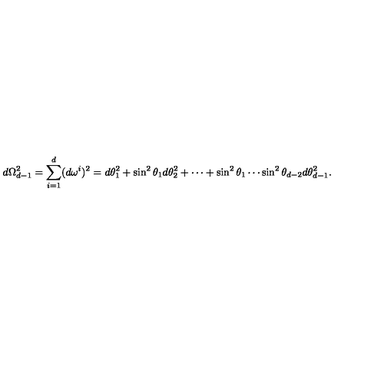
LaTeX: d \Omega _ { d - 1 } ^ { 2 } = \sum _ { i = 1 } ^ { d } ( d \omega ^ { i } ) ^ { 2 } = d \theta _ { 1 } ^ { 2 } + \sin ^ { 2 } \theta _ { 1 } d \theta _ { 2 } ^ { 2 } + \cdots + \sin ^ { 2 } \theta _ { 1 } \cdots \sin ^ { 2 } \theta _ { d - 2 } d \theta _ { d - 1 } ^ { 2 } .